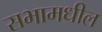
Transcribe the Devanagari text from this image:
सभामधील